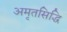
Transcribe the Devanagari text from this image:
अमृतसिद्धि